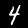
Digit: 4